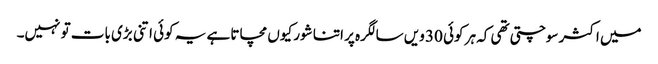
میں اکثر سوچتی تھی کہ ہر کوئی 30 ویں سالگرہ پر اتنا شور کیوں مچاتا ہے یہ کوئی اتنی بڑی بات تو نہیں۔